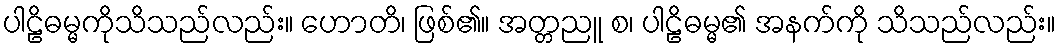
ပါဠိဓမ္မကိုသိသည်လည်း။ ဟောတိ၊ ဖြစ်၏။ အတ္တညူ စ၊ ပါဠိဓမ္မ၏ အနက်ကို သိသည်လည်း။